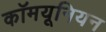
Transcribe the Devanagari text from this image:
कॉमयूनियन